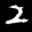
Label: 2